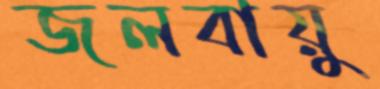
জলবায়ু